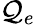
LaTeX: \mathcal{Q}_{e}